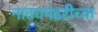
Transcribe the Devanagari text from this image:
नाट्यपंढरीच्या